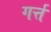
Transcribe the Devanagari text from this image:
गर्त्त